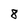
Character: 8